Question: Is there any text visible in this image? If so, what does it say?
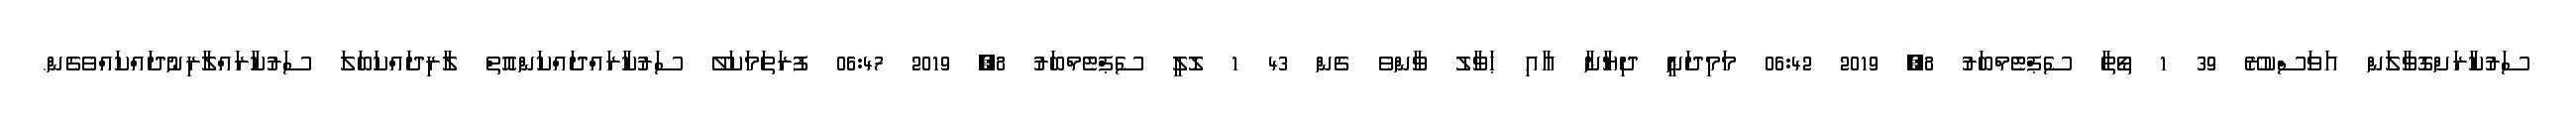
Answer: ސަރުކާރަށްގޮވާލަން އަވަސްކުރޭ 39 1 ތޯތާ ސެޕްޓެމްބަރު 8, 2019 06:42 މަމިދަނީ ދިޔާނާ އާއި ޙަވާލު ވާންވެ ގެން 43 1 ލޮލީ ސެޕްޓެމްބަރު 8, 2019 06:47 ފުރަތަމަކަލޭ ސަރުކާރައްދައްކަންއޮތް ލާރިދައްކަބަލަ ސަރުކާރައްލާރިނުދައްކައްވެގެން.